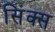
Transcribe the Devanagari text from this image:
सिंक्स